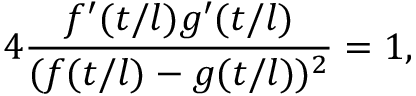
4 \frac { f ^ { \prime } ( t / l ) g ^ { \prime } ( t / l ) } { ( f ( t / l ) - g ( t / l ) ) ^ { 2 } } = 1 ,